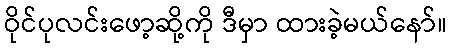
ဝိုင်ပုလင်းဖော့ဆို့ကို ဒီမှာ ထားခဲ့မယ်နော်။